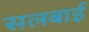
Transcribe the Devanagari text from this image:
सलबाई